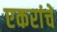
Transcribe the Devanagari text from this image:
एकरांचे